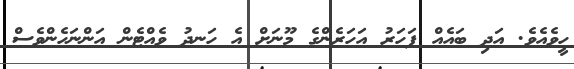
ހީވެއެވެ. އަދި ބައެއް ފަހަރު އަހަރެންގެ މޫނަށް އެ ހަނދު ވެއްޓެން އަންނަހެންވެސް